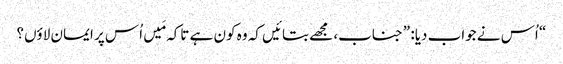
‏“‏ اُس نے جواب دیا:‏ ”‏جناب،‏ مجھے بتائیں کہ وہ کون ہے تاکہ مَیں اُس پر ایمان لاؤں؟